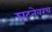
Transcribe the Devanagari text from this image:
घटनेवरच